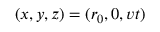
( x , y , z ) = ( r _ { 0 } , 0 , v t )